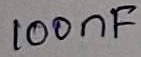
Text: 100nF